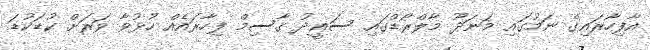
އާފިހާރައިގެ ނަމުގައި މަނަދޫ މާލްރޯޑްގައި ސަޢީދު ޤާސިމް ފިހާރައެއް ހުޅުވާ ވަރަށް ކުޑަކުޑަ